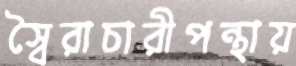
স্বৈরাচারীপন্থায়